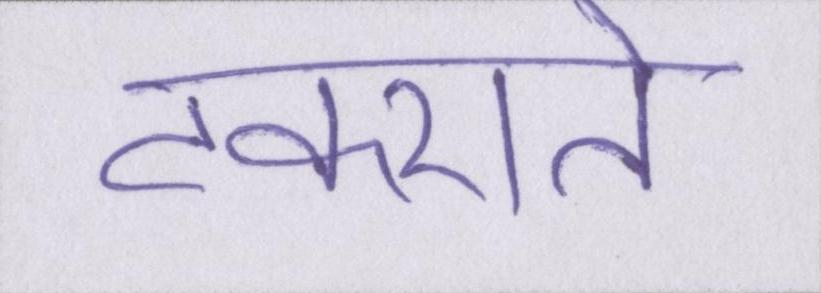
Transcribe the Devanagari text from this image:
टकराते